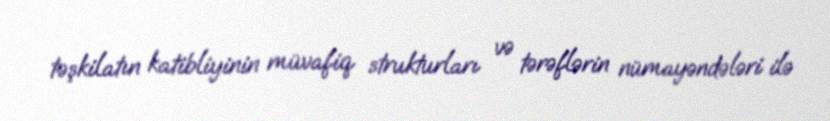
təşkilatın katibliyinin müvafiq strukturları və tərəflərin nümayəndələri ilə